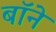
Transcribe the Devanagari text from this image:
बॉने